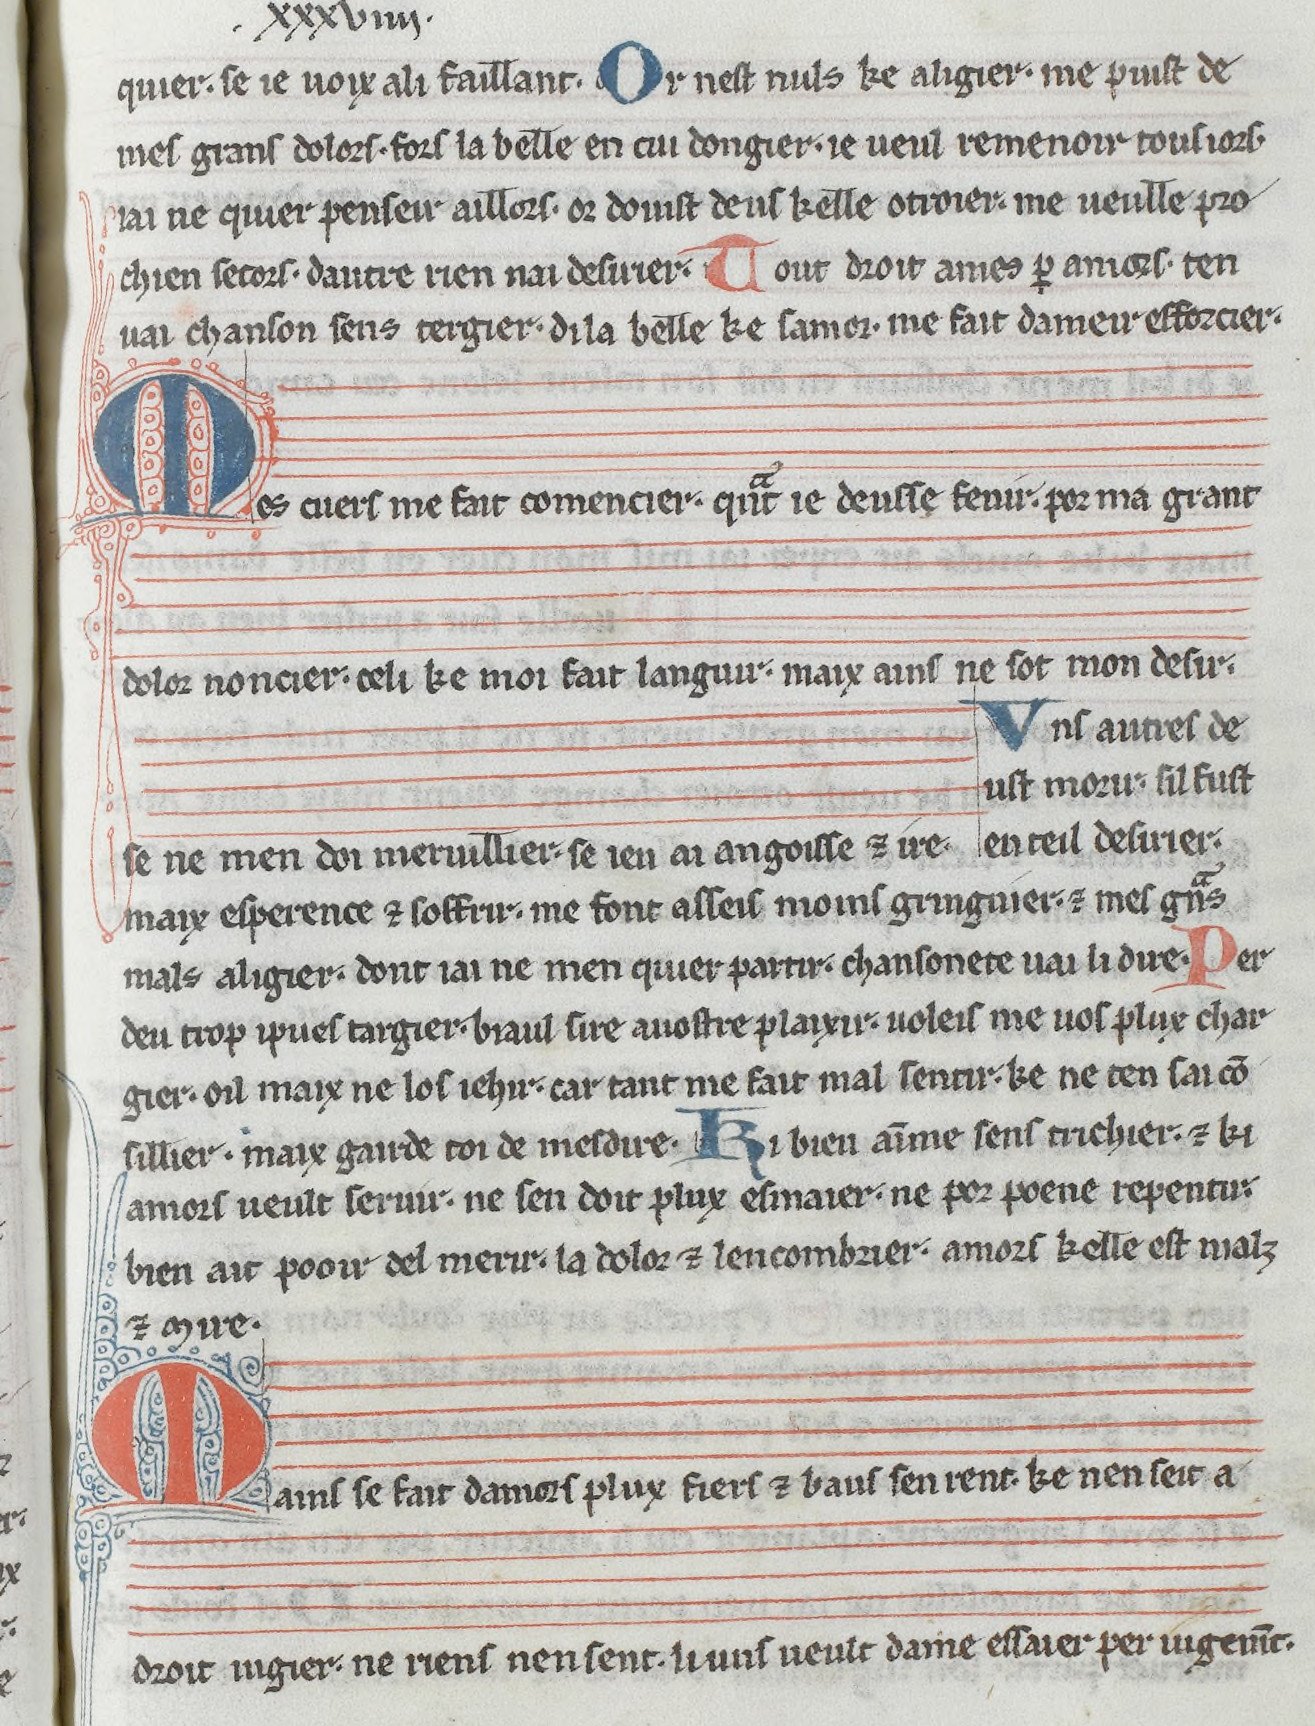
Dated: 1275–1299